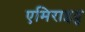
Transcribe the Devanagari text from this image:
एमिराइट्स